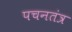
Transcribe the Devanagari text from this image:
पचनतंत्र